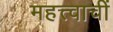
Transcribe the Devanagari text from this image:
महत्त्वाचीं